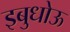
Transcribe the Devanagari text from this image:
इबुधोऊ